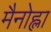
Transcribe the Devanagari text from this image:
मैनोह्ला